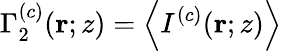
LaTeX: \Gamma_{2}^{(c)}(\mathbf{r};z)=\left\langle I^{(c)}(\mathbf{r};z)\right\rangle